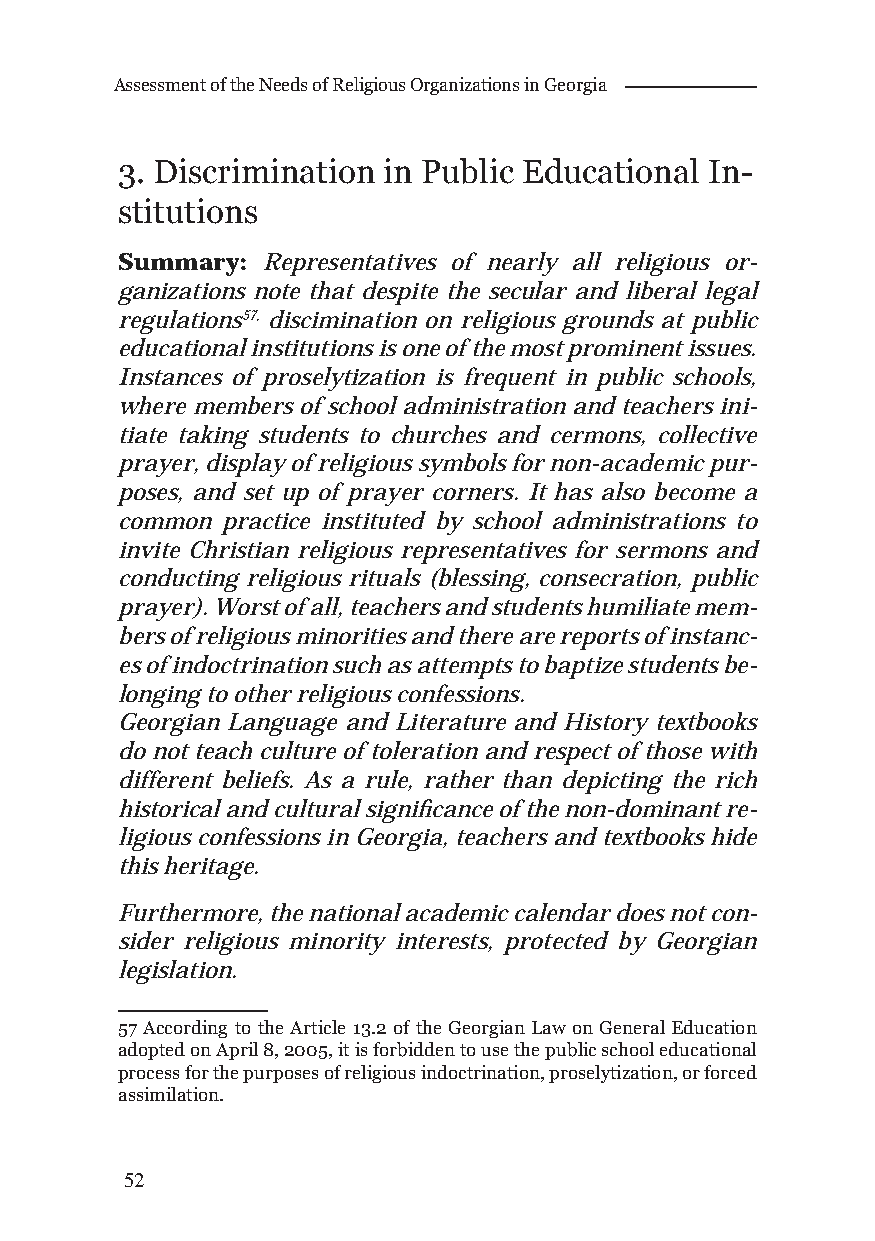
Assessment of the Needs of Religious Organizations in Georgia
 3. Discrimination in Public Educational In-
 stitutions
 Summary: Representatives of nearly all religious or-
 ganizations note that despite the secular and liberal legal
 regulations57, discimination on religious grounds at public
 educational institutions is one of the most prominent issues.
 Instances of proselytization is frequent in public schools,
 where members of school administration and teachers ini-
 tiate taking students to churches and cermons, collective
 prayer, display of religious symbols for non-academic pur-
 poses, and set up of prayer corners. It has also become a
 common practice instituted by school administrations to
 invite Christian religious representatives for sermons and
 conducting religious rituals (blessing, consecration, public
 prayer). Worst of all, teachers and students humiliate mem-
 bers of religious minorities and there are reports of instanc-
 es of indoctrination such as attempts to baptize students be-
 longing to other religious confessions.
 Georgian Language and Literature and History textbooks
 do not teach culture of toleration and respect of those with
 different beliefs. As a rule, rather than depicting the rich
 historical and cultural signifi cance of the non-dominant re-
 ligious confessions in Georgia, teachers and textbooks hide
 this heritage.
 Furthermore, the national academic calendar does not con-
 sider religious minority interests, protected by Georgian
 legislation.
 57 According to the Article 13.2 of the Georgian Law on General Education
 adopted on April 8, 2005, it is forbidden to use the public school educational
 process for the purposes of religious indoctrination, proselytization, or forced
 assimilation.
 52